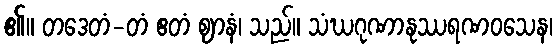
၏။ တဒေတံ-တံ ဧတံ ဈာနံ၊ သည်။ သံဃဂုဏာနုဿရဏဝသေန၊